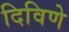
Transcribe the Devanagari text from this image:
दिविणे